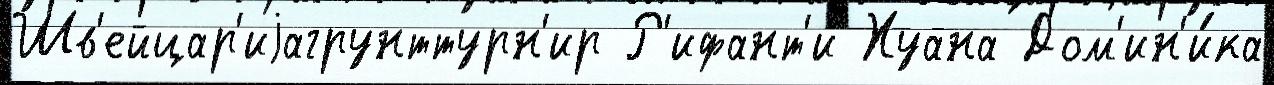
Шв'ейцар'иjагрунттурн'ир Р'ифант'и Хуана Дом'ин'и́ка